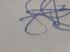
Signature authenticity: genuine